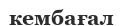
кембағал